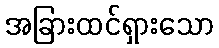
အခြားထင်ရှားသော